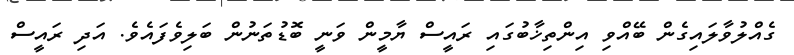
ގެއްލުވާލައިގެން ބޭއްވި އިންތިޚާބުގައި ރައީސް ޔާމީން ވަނީ ބޮޑުތަނުން ބަލިވެފައެވެ. އަދި ރައީސް